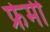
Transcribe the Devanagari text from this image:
फ्रेमी